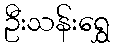
ဦးသန်းရွှေ